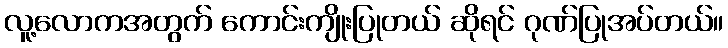
လူ့လောကအတွက် ကောင်းကျိုးပြုတယ် ဆိုရင် ဂုဏ်ပြုအပ်တယ်။